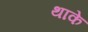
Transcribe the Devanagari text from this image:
थाके